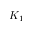
K _ { 1 }